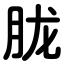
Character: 胧